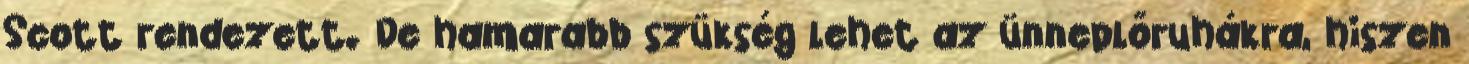
Scott rendezett. De hamarabb szükség lehet az ünneplőruhákra, hiszen